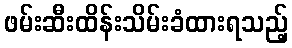
ဖမ်းဆီးထိန်းသိမ်းခံထားရသည့်